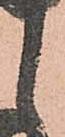
之